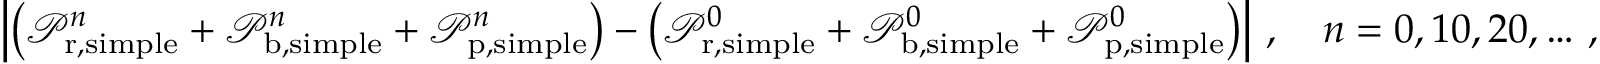
\left| \left( \mathcal P _ { \mathrm { r } , \mathrm { s i m p l e } } ^ { n } + \mathcal P _ { \mathrm { b } , \mathrm { s i m p l e } } ^ { n } + \mathcal P _ { \mathrm { p } , \mathrm { s i m p l e } } ^ { n } \right) - \left( \mathcal P _ { \mathrm { r } , \mathrm { s i m p l e } } ^ { 0 } + \mathcal P _ { \mathrm { b } , \mathrm { s i m p l e } } ^ { 0 } + \mathcal P _ { \mathrm { p } , \mathrm { s i m p l e } } ^ { 0 } \right) \right| \, , \quad n = 0 , 1 0 , 2 0 , \hdots \, ,